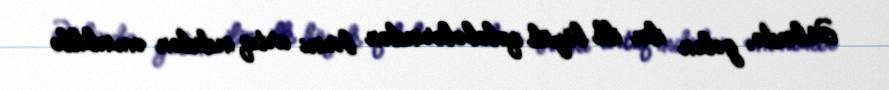
Əslində, gələn ilin ilk böyük qələbələrindən birini artıq indidən əminliklə